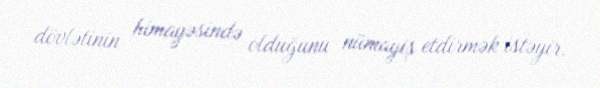
dövlətinin himayəsində olduğunu nümayiş etdirmək istəyir.